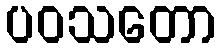
ပဝသတော